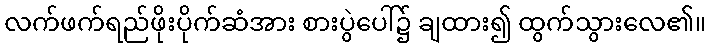
လက်ဖက်ရည်ဖိုးပိုက်ဆံအား စားပွဲပေါ်၌ ချထား၍ ထွက်သွားလေ၏။